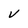
Character: v